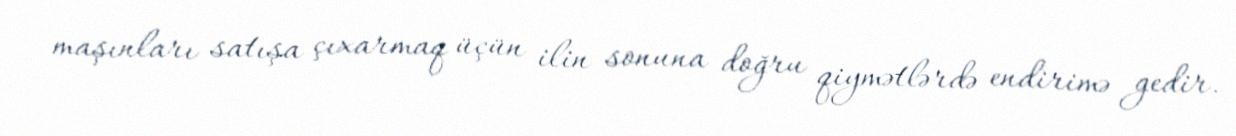
maşınları satışa çıxarmaq üçün ilin sonuna doğru qiymətlərdə endirimə gedir.